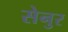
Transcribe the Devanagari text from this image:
सेनुर